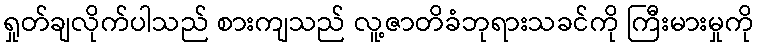
ရှုတ်ချလိုက်ပါသည် စားကျသည် လူ့ဇာတိခံဘုရားသခင်ကို ကြီးမားမှုကို